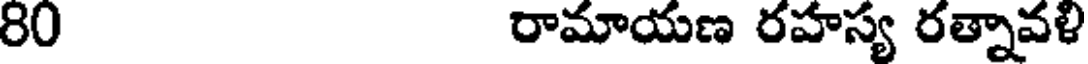
80 రామాయణ రహస్య రత్నావళి